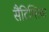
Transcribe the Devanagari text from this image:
सैंटिग्लिया